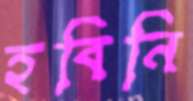
হবিনি